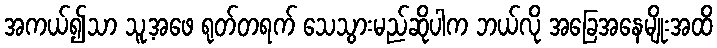
အကယ်၍သာ သူ့အဖေ ရုတ်တရက် သေသွားမည်ဆိုပါက ဘယ်လို အခြေအနေမျိုးအထိ